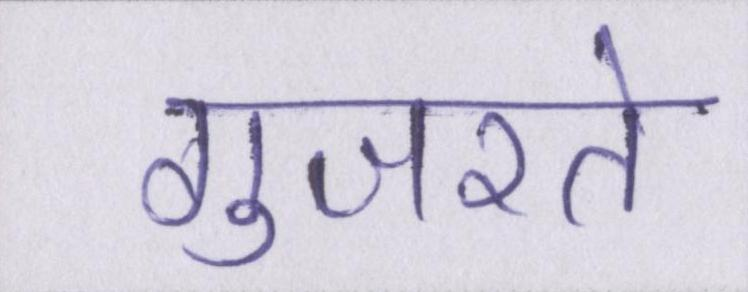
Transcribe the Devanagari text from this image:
गुजरते